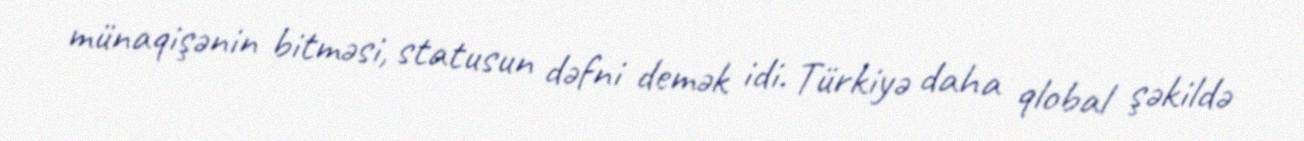
münaqişənin bitməsi, statusun dəfni demək idi. Türkiyə daha qlobal şəkildə